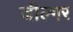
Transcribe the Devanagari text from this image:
जील्‍गर